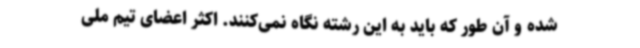
شده و آن طور که باید به این رشته نگاه نمی‌کنند. اکثر اعضای تیم ملی